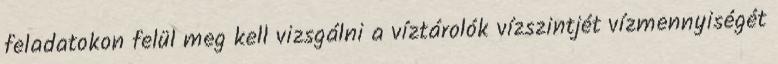
feladatokon felül meg kell vizsgálni a víztárolók vízszintjét vízmennyiségét